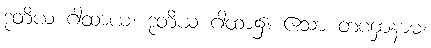
ဒုတိယ ဂါထာယ၊ ဒုတိယ ဂါထာ၌။ ဧသာ တဏှာနာမ၊